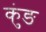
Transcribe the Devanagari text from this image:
कुंङ